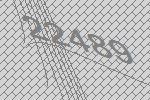
22489